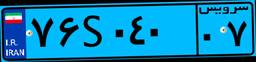
۳۰S۷۵۱۴۸